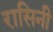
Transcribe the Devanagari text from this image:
रासिनी